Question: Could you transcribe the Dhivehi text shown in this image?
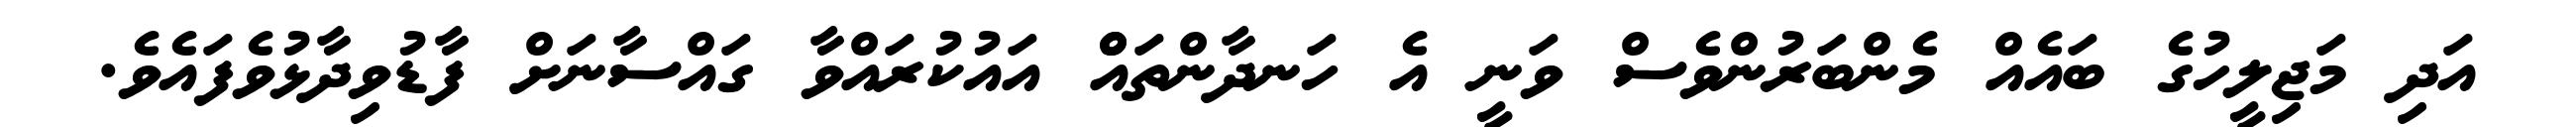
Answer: އަދި މަޖިލީހުގެ ބައެއް މެންބަރުންވެސް ވަނީ އެ ހަނދާންތައްް އައުކުރައްވާ ގައްސާނަށް ފާޑުވިދާޅުވެފައެވެ.